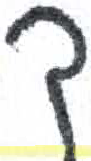
אות: ך